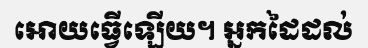
អោយធ្វើឡើយ។ អ្នកដៃដល់